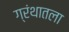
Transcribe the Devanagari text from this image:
ग्रंथातला